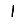
Digit: 1